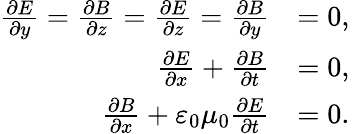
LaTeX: \begin{array}{rl}{\frac{\partial E}{\partial y}=\frac{\partial B}{\partial z}=\frac{\partial E}{\partial z}=\frac{\partial B}{\partial y}}&{=0,}\\ {\frac{\partial E}{\partial x}+\frac{\partial B}{\partial t}}&{=0,}\\ {\frac{\partial B}{\partial x}+\varepsilon_{0}\mu_{0}\frac{\partial E}{\partial t}}&{=0.\, \, }\end{array}